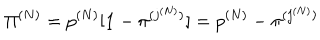
{ \Pi } ^ { ( N ) } = p ^ { ( N ) } [ { \bf 1 } - { \pi } ^ { ( j ^ { ( N ) } ) } ] = p ^ { ( N ) } - { \pi } ^ { ( j ^ { ( N ) } ) }